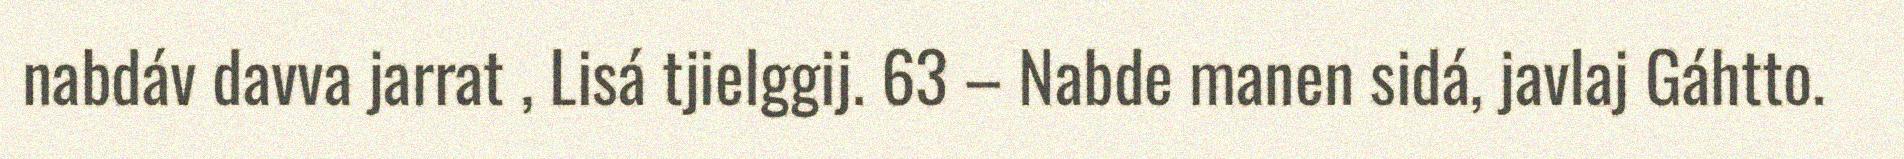
nabdáv davva jarrat , Lisá tjielggij. 63 – Nabde manen sidá, javlaj Gáhtto.